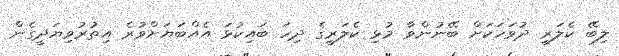
ލިބޭ ކެލަރީ ދުވަހަކަށް ބޭނުންވާ މުޅި ކެލަރީގެ ދިހަ ބައިކުޅަ އެއްބަޔަށްވުރެ އިތުރުވިޔަދީގެން